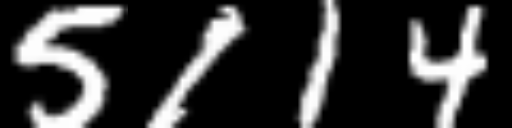
Text: 5114